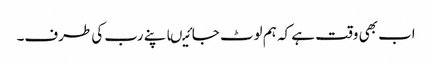
اب بھی وقت ہے کہ ہم لوٹ جائیںاپنے رب کی طرف۔